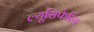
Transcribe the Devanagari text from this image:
ल्यूसिफेरिन